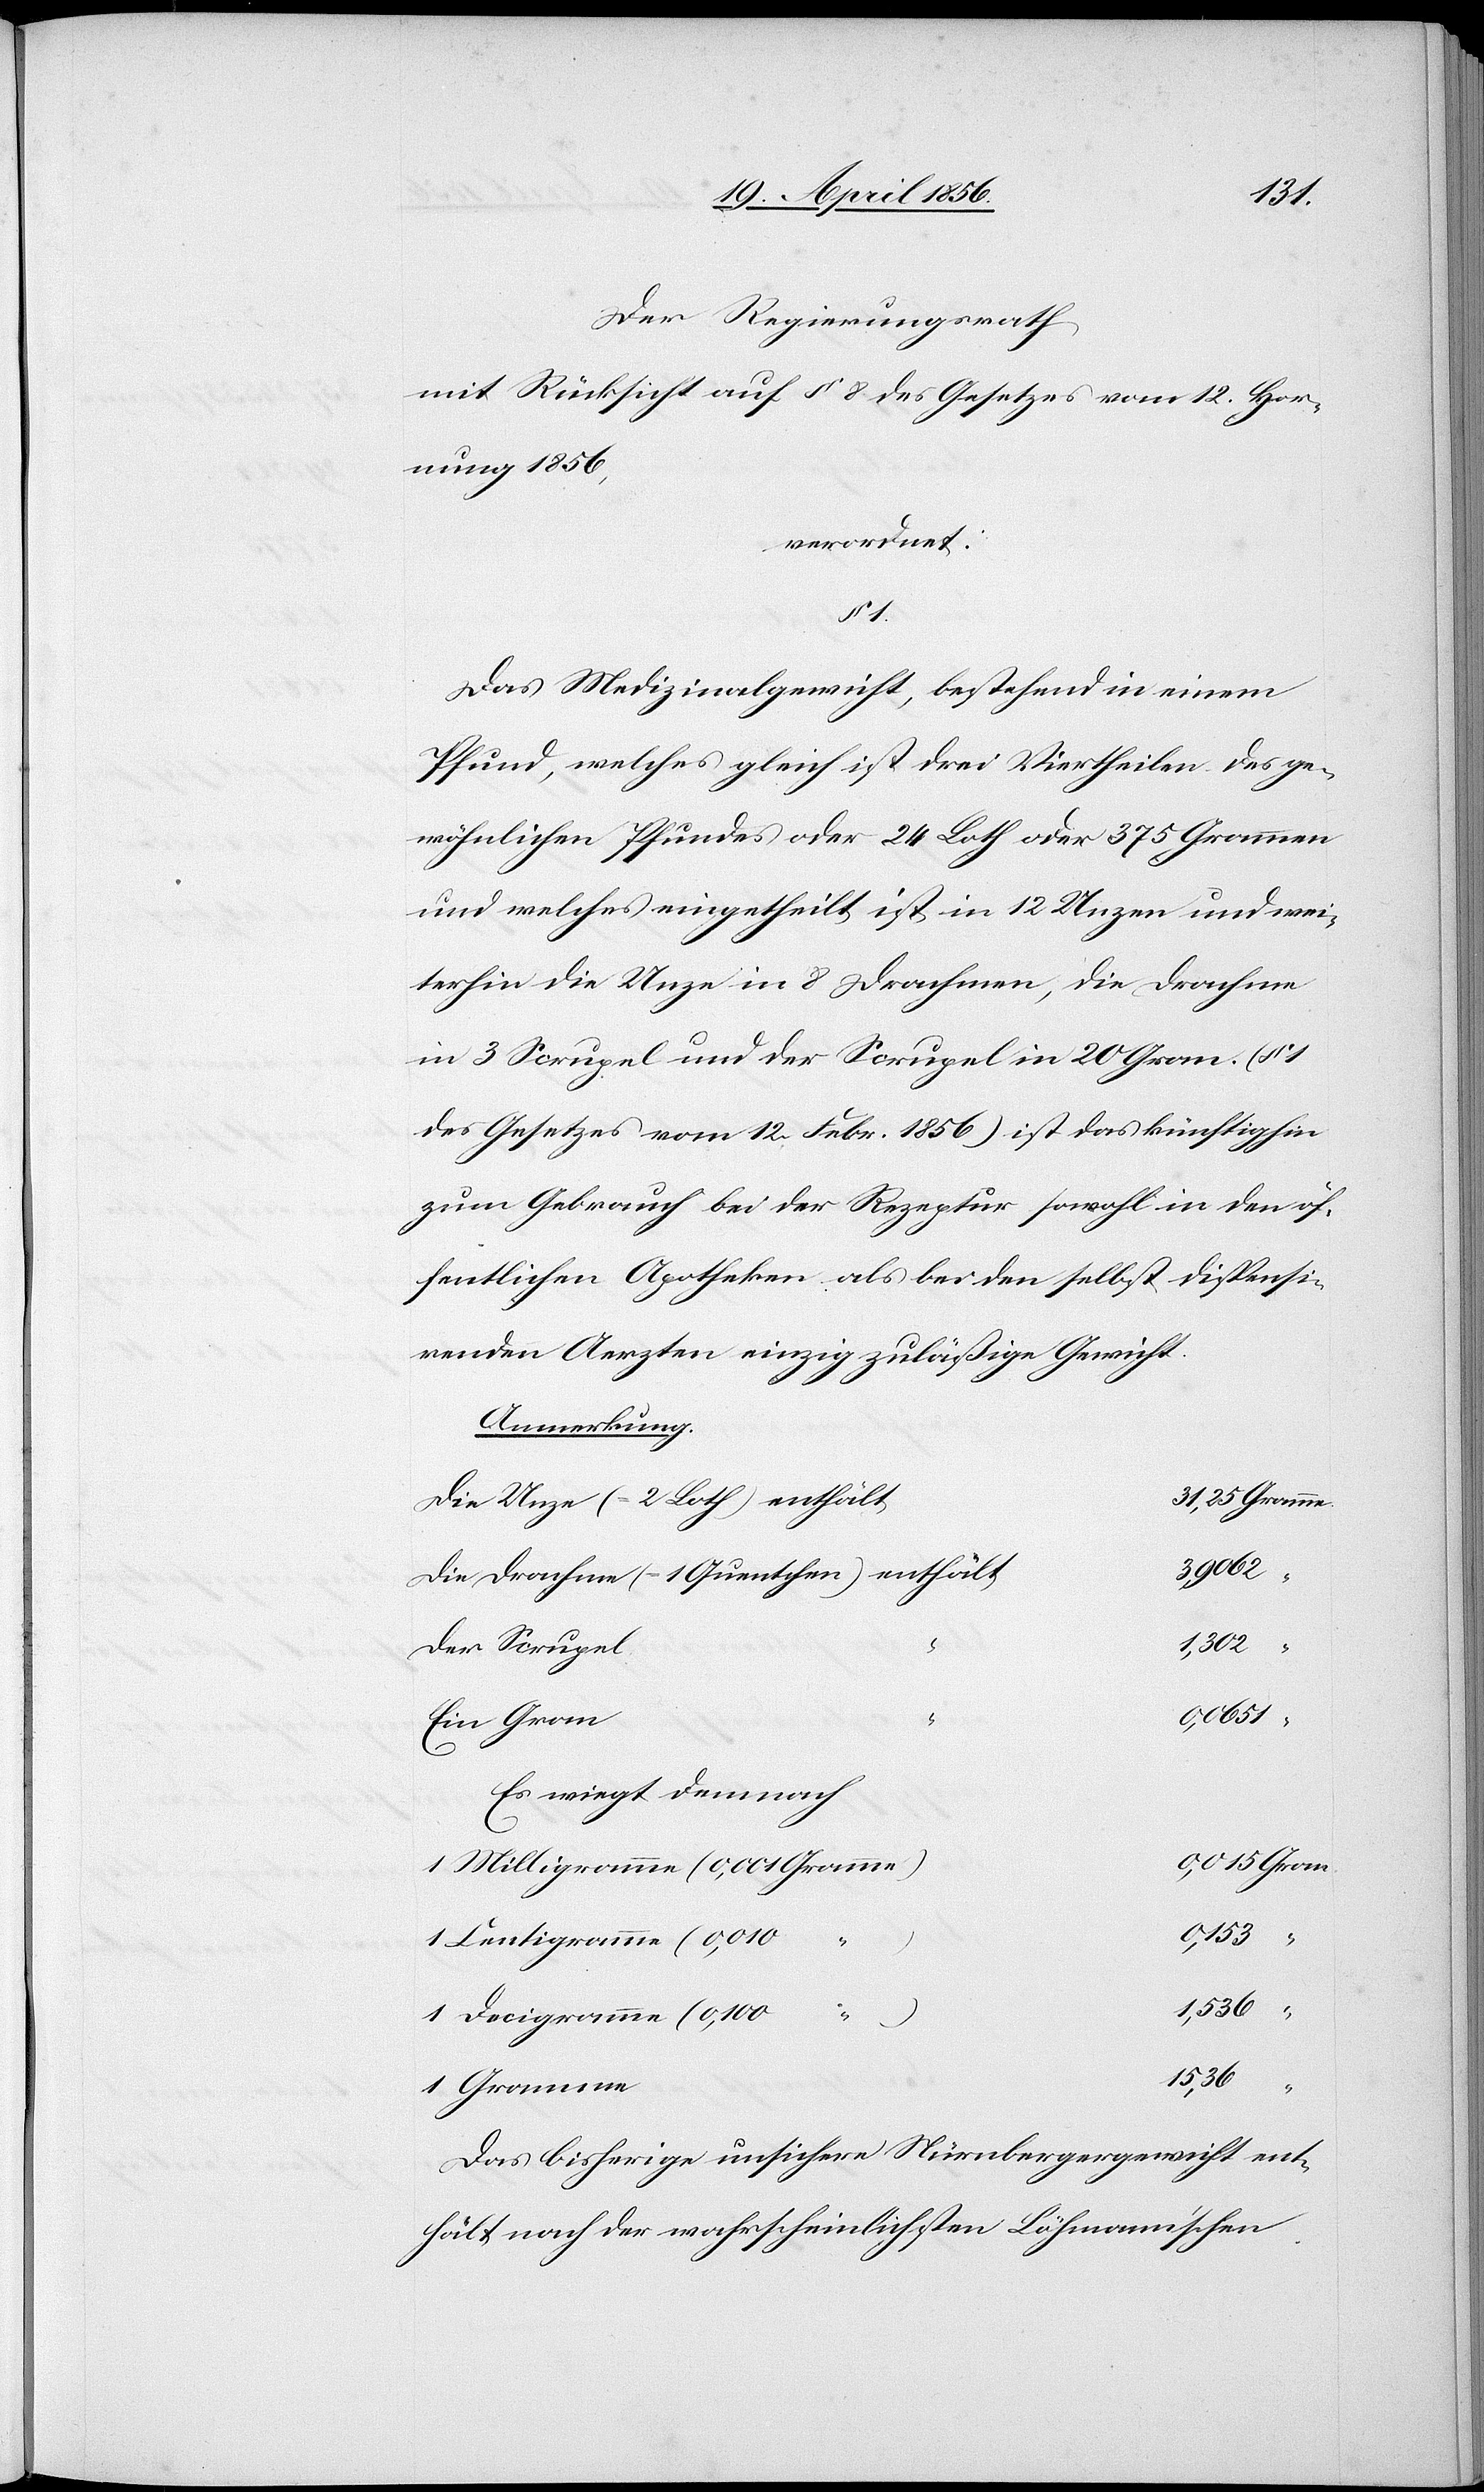
Der Regierungsrath
mit Rücksicht auf § 8 des Gesetzes vom 12. Hor¬
nung 1856,
verordnet:
§ 1.
Das Medizinalgewicht, bestehend in einem
Pfund, welches gleich ist drei Viertheilen des ge¬
wöhnlichen Pfundes oder 24 Loth oder 375 Grammen
und welches eingetheilt ist in 12 Unzen und wei¬
terhin die Unze in 8 Drachmen, die Drachme
des Gesetzes vom 12. Febr. 1856) ist das künftighin
zum Gebrauch bei der Rezeptur sowohl in den öf¬
fentlichen Apotheken als bei den selbst dispensi¬
renden Aerzten einzig zuläßige Gewicht.
Anmerkung.
31,25 Gramme.
1,302	“
Es wird demnach
20 Gran.
1 Milligramme (0,001
Das bisherige unsichere Nürnbergergewicht ent¬
hält nach der wahrscheinlichsten Löhmann’schen